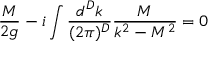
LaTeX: \frac { M } { 2 g } - i \int \frac { d ^ { D } k } { ( 2 \pi ) ^ { D } } \frac { M } { k ^ { 2 } - M ^ { 2 } } = 0